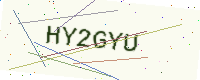
Text: HY2GYU